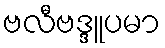
ဗလီဗဒ္ဒူပမာ